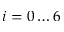
i = 0 \dots 6